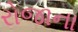
રોજાના